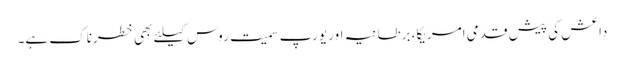
داعش کی پیش قدمی امریکا، برطانیہ اور یورپ سمیت روس کیلئے بھی خطرناک ہے۔